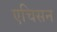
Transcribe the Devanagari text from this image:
एचिसन